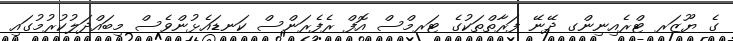
ގެ ޔޫޒަރ ޓްރެއިނިންގ ދޭނޭ ފަރާތްތަކުގެ ޓަރމްސް އޮފް ރެފެރަންސް ކަނޑައެޅުންވެސް މިބައްދަލުކުރުމުގައި